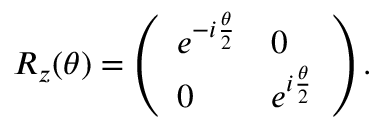
R _ { z } ( \theta ) = \left( \begin{array} { l l } { e ^ { - i \frac { \theta } { 2 } } } & { 0 } \\ { 0 } & { e ^ { i \frac { \theta } { 2 } } } \end{array} \right) .